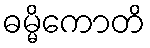
ဓမ္မိကောတိ